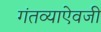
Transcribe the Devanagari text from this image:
गंतव्याऐवजी